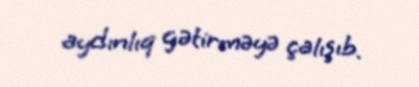
aydınlıq gətirməyə çalışıb.